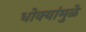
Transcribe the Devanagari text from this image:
धोक्यांमुळे